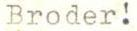
Broder!